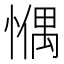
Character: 𢠉